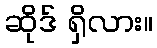
ဆိုဒ် ရှိလား။